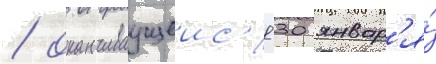
/ оканчиваущеис'я 30 январ'я́